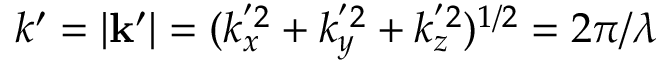
k ^ { \prime } = \vert \mathbf { k } ^ { \prime } \vert = ( k _ { x } ^ { ' 2 } + k _ { y } ^ { ' 2 } + k _ { z } ^ { ' 2 } ) ^ { 1 / 2 } = 2 \pi / \lambda